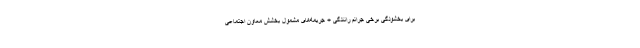
برای بخشودگی برخی جرائم رانندگی + جریمه‌های مشمول بخشش معاون اجتماعی